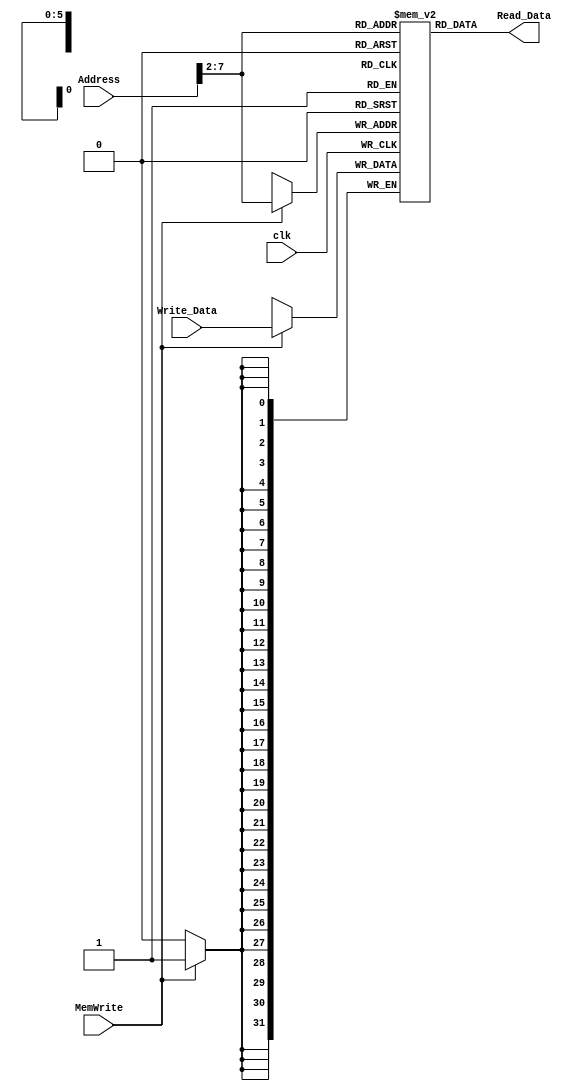
module Data_Memory (
    input clk, MemWrite,
    input [31:0] Address, Write_Data,
    output [31:0] Read_Data
);
    reg [31:0] RAM[63:0];
    assign Read_Data = RAM[Address[31:2]]; // Word Aligning
    always@(posedge clk)
    if(MemWrite)
        RAM[Address[31:2]] <= Write_Data;
endmodule